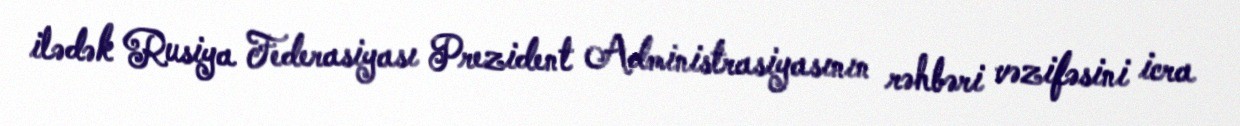
ilədək Rusiya Federasiyası Prezident Administrasiyasının rəhbəri vəzifəsini icra